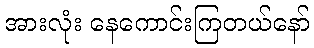
အားလုံး နေကောင်းကြတယ်နော်